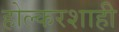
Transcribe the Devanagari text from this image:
होल्करशाही